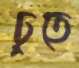
ঢুতে